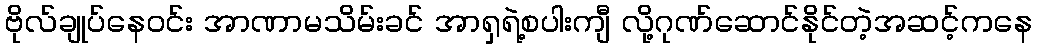
ဗိုလ်ချုပ်နေဝင်း အာဏာမသိမ်းခင် အာရှရဲ့စပါးကျီ လို့ဂုဏ်ဆောင်နိုင်တဲ့အဆင့်ကနေ